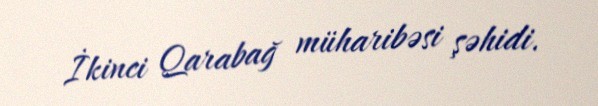
İkinci Qarabağ müharibəsi şəhidi.